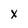
Character: x